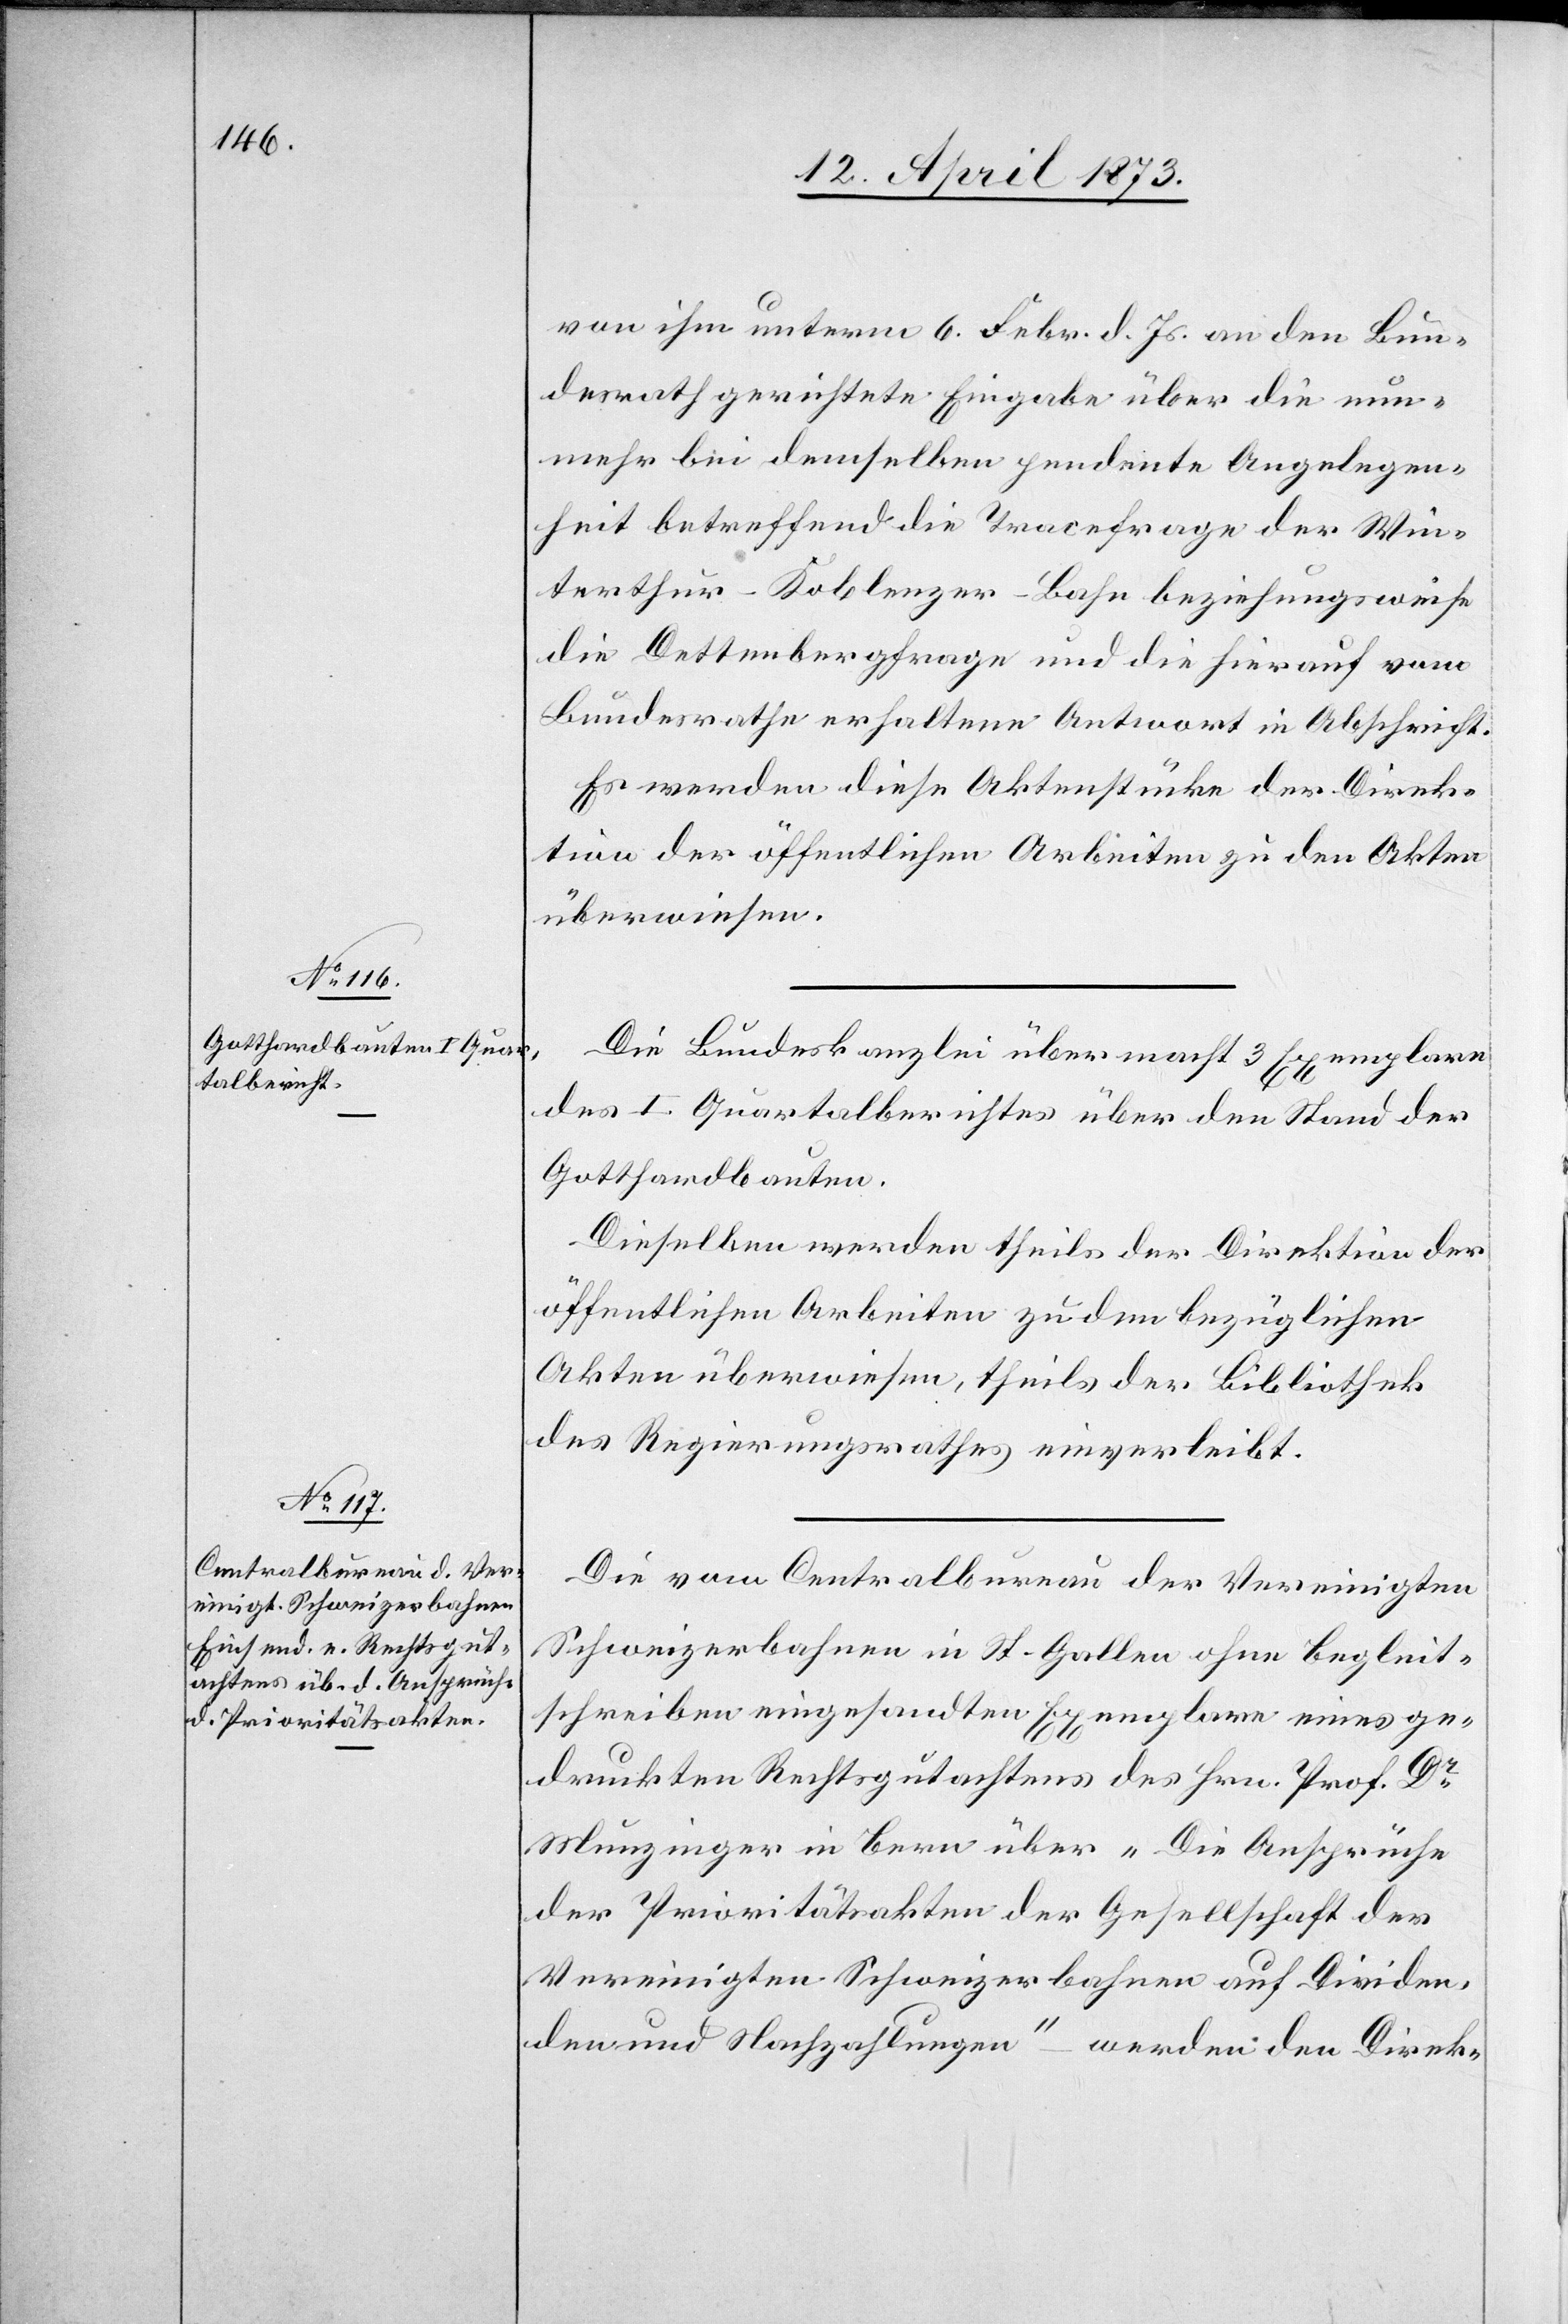
von ihm unterm 6. Febr. d. Js. an den Bun¬
desrath gerichtete Eingabe über die nun¬
mehr bei demselben pendente Angelegen¬
heit betreffend die Tracefrage der Win¬
terthur–Koblenzer-Bahn beziehungsweise
die Dettenbergfrage und die hierauf vom
Bundesrathe erhaltene Antwort in Abschrift.
Es werden diese Aktenstücke der Direk¬
tion der öffentlichen Arbeiten zu den Akten
überwiesen.
Die Bundeskanzlei übermacht 3 Exemplare
des I. Quartalberichtes über den Stand der
Gotthardbauten.
Dieselben werden theils der Direktion der
öffentlichen Arbeiten zu den bezüglichen
Akten überwiesen, theils der Bibliothek
des Regierungsrathes einverleibt.
Die vom Centralbureau der Vereinigten
Schweizerbahnen in St. Gallen ohne Begleit¬
schreiben eingesandten Exemplare eines ge¬
druckten Rechtsgutachtens des Hrn. Prof. Dr
Munzinger in Bern über „Die Ansprüche
der Prioritätsakten der Gesellschaft der
Vereinigten Schweizerbahnen auf Dividen¬
den und Nachzahlungen“ wurden den Direk-